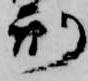
刑